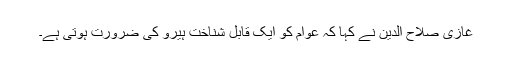
غازی صلاح الدین نے کہا کہ عوام کو ایک قابلِ شناخت ہیرو کی ضرورت ہوتی ہے۔